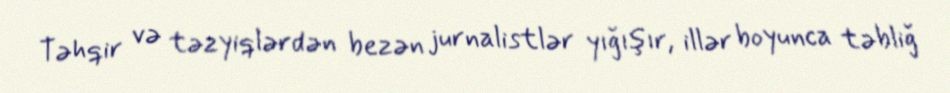
Təhqir və təzyiqlərdən bezən jurnalistlər yığışır, illər boyunca təbliğ